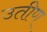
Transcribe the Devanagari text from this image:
उतीण